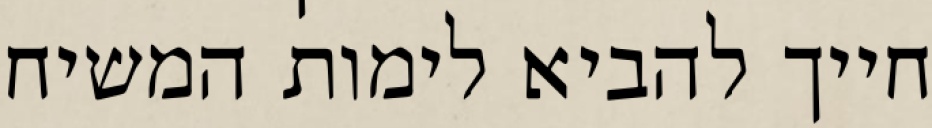
חייך להביא לימות המשיח